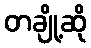
တချို့ဆို